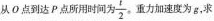
从O点到达P点所用时间为，\frac{ t } { 2 } 重力加速度为g，求